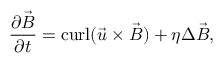
{ \frac { \partial { \vec { B } } } { \partial t } } = \mathrm { c u r l } ( { \vec { u } } \times { \vec { B } } ) + \eta \Delta { \vec { B } } ,